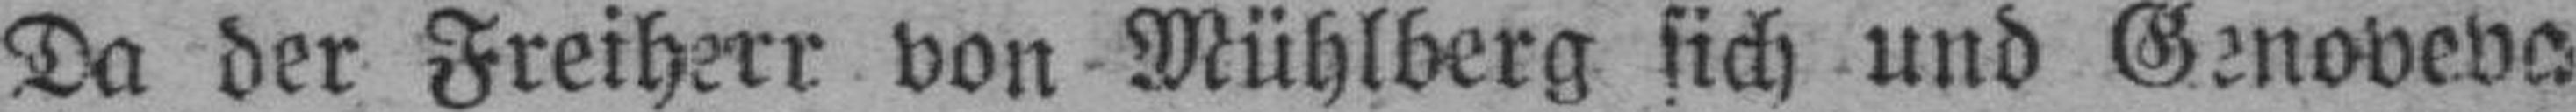
Da der Freiherr von Mühlberg sich und Genoveva